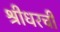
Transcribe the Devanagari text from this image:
श्रीधरची